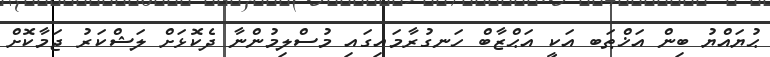
ޙުޔައްޔު ބިން އަޚްޠަބ އަކީ އަޙްޒާބް ހަނގުރާމައިގައި މުސްލިމުންނާ ދެކޮޅަށް ލަޝްކަރު ޖަމާކޮށް